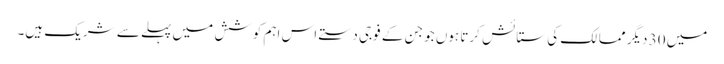
میں 30 دیگر ممالک کی ستائش کرتا ہوں جو جن کے فوجی دستے اس اہم کوشش میں پہلے سے شریک ہیں۔